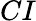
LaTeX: CI